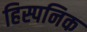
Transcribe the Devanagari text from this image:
हिस्पनिक